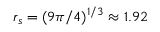
r _ { s } = ( 9 \pi / 4 ) ^ { 1 / 3 } \approx 1 . 9 2